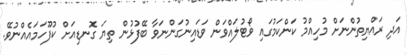
އަދި ރައްޔިތުންނަށް މުހިއްމު ކަންކަމުގައި ވޯޓުލައްވަން ވަޑައިނުގަންނަވާ ބޭފުޅުން ތިޔަ ގޮނޑިއަށް ކުފޫހަމައެއްނުވޭ.